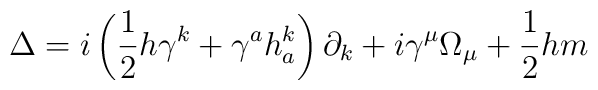
\Delta =i\left( \frac 12h\gamma ^k+\gamma ^ah_a^k\right) \partial _k+i\gamma^\mu \Omega _\mu +\frac 12hm